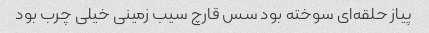
پیاز حلقه‌ای سوخته بود سس قارچ سیب زمینی خیلی چرب بود